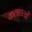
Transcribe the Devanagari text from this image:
कलातत्वों